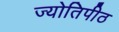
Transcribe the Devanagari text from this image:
ज्योतिपीठ